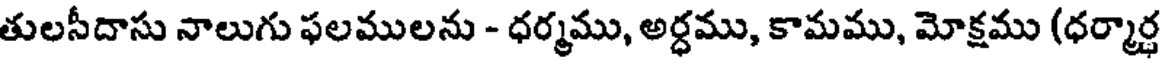
తులసీదాసు నాలుగు ఫలములను - ధర్మము, అర్ధము, కామము, మోక్షము (ధర్మార్ధ